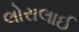
લોરાલાઈ